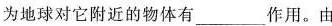
为地球对它附近的物体有___作用。由